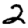
Digit: 2